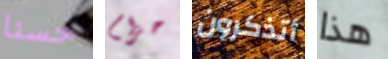
حسنا حزام أتذكرون هذا